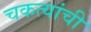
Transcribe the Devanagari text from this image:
चकत्यांची